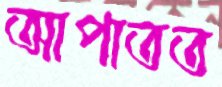
আপাতত